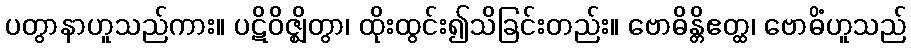
ပတွာနာဟူသည်ကား။ ပဋိဝိဇ္ဈိတွာ၊ ထိုးထွင်း၍သိခြင်းတည်း။ ဗောဓိန္တိဧတ္ထ၊ ဗောဓိံဟူသည်